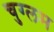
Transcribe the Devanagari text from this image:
चुग्लम